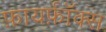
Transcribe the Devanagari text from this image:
फ़ायर्फ़ॉक्स